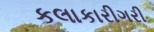
કલાકારીગરી